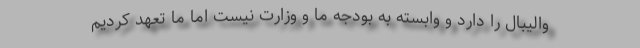
والیبال را دارد و وابسته به بودجه ما و وزارت نیست اما ما تعهد کردیم